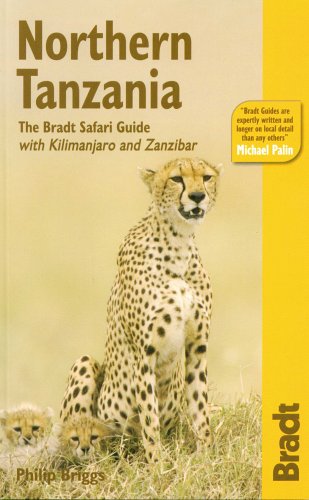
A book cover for Northern Tanzania: The Bradt Safari Guide with Kilimanjaro and Zanzibar (Bradt Travel Guide); Philip Briggs; Travel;